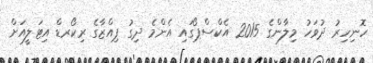
ހޮނިހިރު ދުވަހު މިލާންގެ 2015 އެކްސްޕޯގައި އެންމެ ދިގު ޕިއްޒާގެ ރިކޯރޑް އިޓަލީއަށް